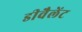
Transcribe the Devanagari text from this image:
डीवैलेंट